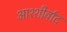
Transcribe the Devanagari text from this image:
आश्शीर्वाद